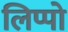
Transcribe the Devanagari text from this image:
लिप्पो